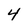
Character: 4